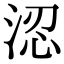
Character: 涊